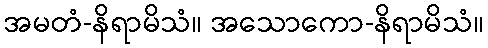
အမတံ-နိရာမိသံ။ အသောကော-နိရာမိသံ။